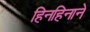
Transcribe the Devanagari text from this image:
हिनहिनाने